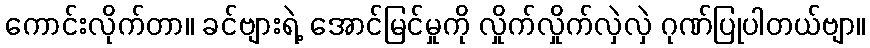
ကောင်းလိုက်တာ။ ခင်ဗျားရဲ့ အောင်မြင်မှုကို လှိုက်လှိုက်လှဲလှဲ ဂုဏ်ပြုပါတယ်ဗျာ။